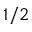
1 / 2